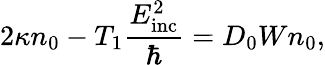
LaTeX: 2\kappa n_{0}-T_{1}\frac{E_{\mathrm{inc}}^{2}}{\hbar}=D_{0}Wn_{0},